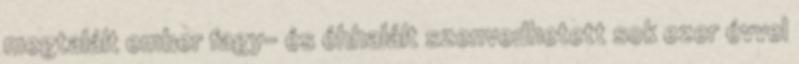
megtalált ember fagy- és éhhalált szenvedhetett sok ezer évvel